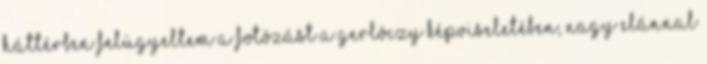
háttérben felügyeltem a fotózást a Gerlóczy képviseletében, nagy elánnal